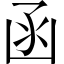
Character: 函